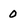
Character: 0